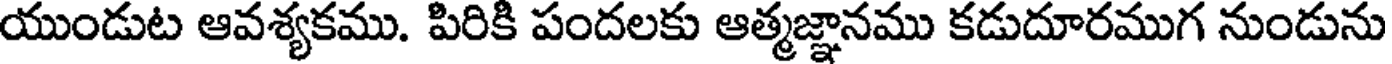
యుండుట ఆవశ్యకము. పిరికి పందలకు ఆత్మజ్ఞానము కడుదూరముగ నుండును